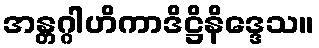
အန္တဂ္ဂါဟိကာဒိဋ္ဌိနိဒ္ဒေသ။